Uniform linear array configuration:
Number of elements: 16
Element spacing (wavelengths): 0.25
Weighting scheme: binomial
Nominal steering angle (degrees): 45
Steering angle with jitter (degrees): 44.085
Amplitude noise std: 0.05
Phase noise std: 0.05

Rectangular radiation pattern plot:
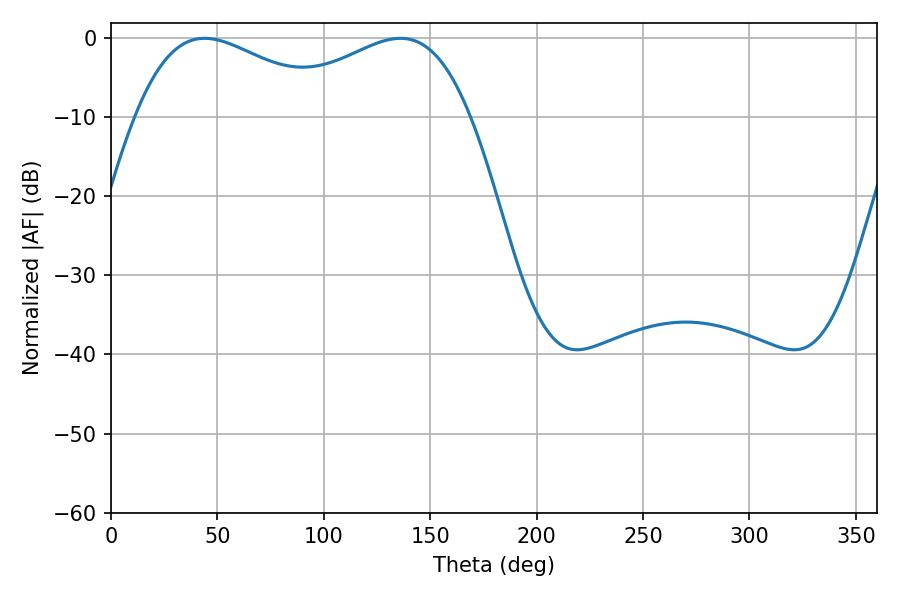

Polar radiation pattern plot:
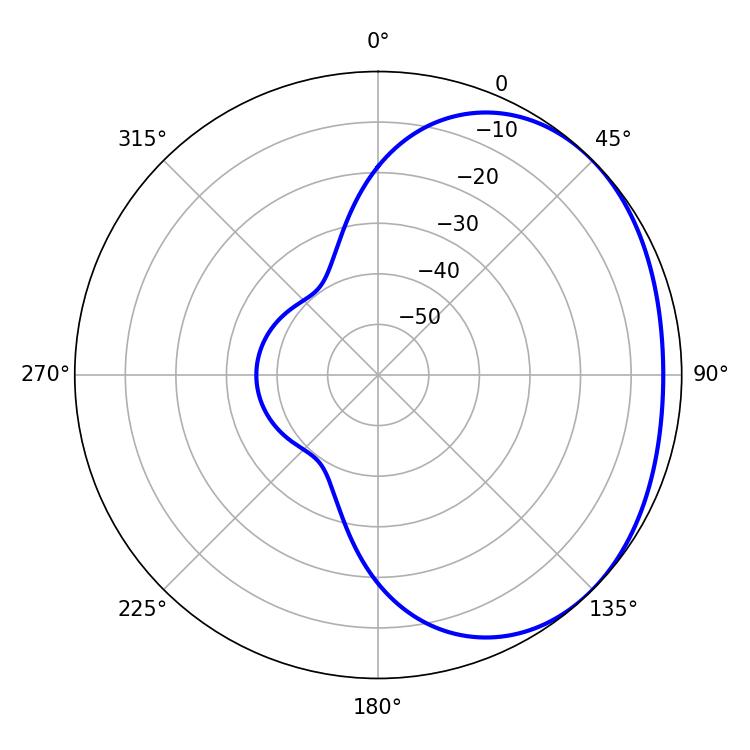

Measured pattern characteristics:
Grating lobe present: FALSE
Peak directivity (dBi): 1.869
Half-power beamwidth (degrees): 51.48
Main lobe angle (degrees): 43.92